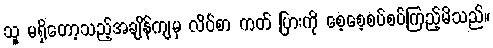
သူ မရှိတော့သည့်အချိန်ကျမှ လိပ်စာ ကတ် ပြားကို စေ့စေ့စပ်စပ်ကြည့်မိသည်။